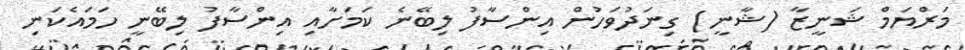
މަރްޔަމް ޝަނީޒާ (ޝާނީ) ގިނަދުވަހުން އިންސާފު ލިބޭނެ ކަމަށާއި އިންސާފު ލިބޭނީ ހަމައެކަނި